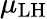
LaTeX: \mu_{\mathrm{LH}}